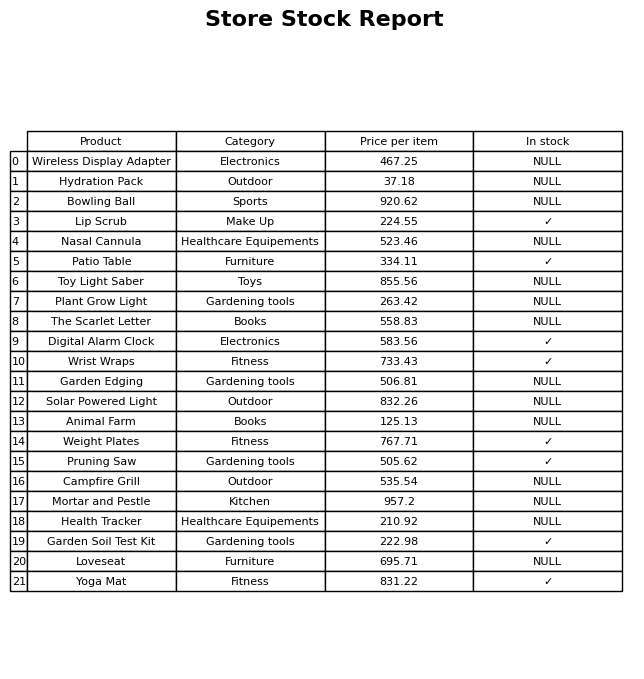
question: What is the price for Mortar and Pestle?
answer: The price of Mortar and Pestle is 957.2.